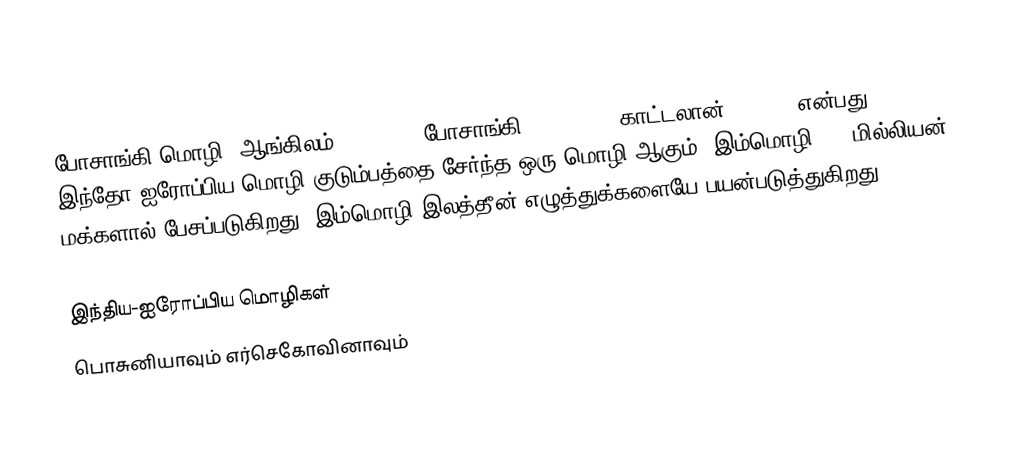
போசாங்கி மொழி (ஆங்கிலம்: Bosnian; போசாங்கி: Bosanski; காட்டலான்: Bosnià)என்பது இந்தோ-ஐரோப்பிய மொழி குடும்பத்தை சேர்ந்த ஒரு மொழி ஆகும். இம்மொழி 2.2 மில்லியன் மக்களால் பேசப்படுகிறது. இம்மொழி இலத்தீன் எழுத்துக்களையே பயன்படுத்துகிறது.

இந்திய-ஐரோப்பிய மொழிகள்
பொசுனியாவும் எர்செகோவினாவும்